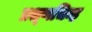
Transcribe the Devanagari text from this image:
प्रश्णचिन्ह